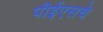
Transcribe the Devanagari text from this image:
पीईएसचे